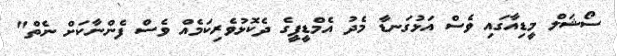
ސޯޝަލް މީޑިއާގައި ވެސް އަޅުގަނޑާ މެދު އެމްޑީޕީގެ ދެކޮޅުވެރިކަމެއް ވެސް ފެންނާކަށް ނެތް"